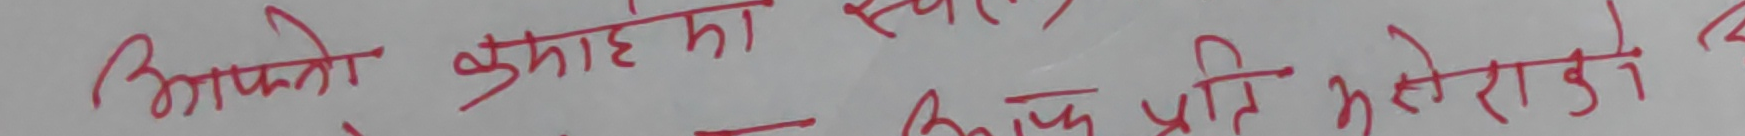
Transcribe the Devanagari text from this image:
आफ्नो कुमाहेको शक्ति प्रति भरको